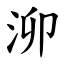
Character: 泖